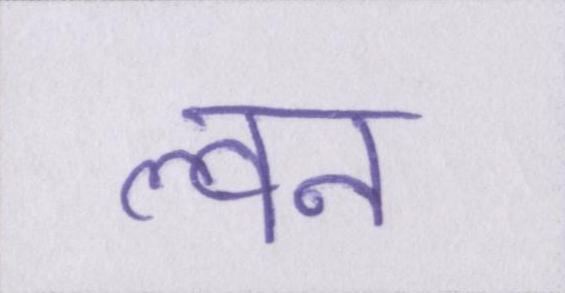
ल्वन